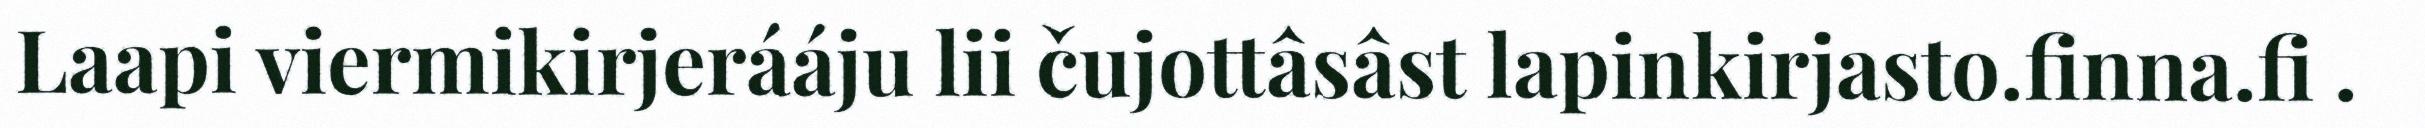
Laapi viermikirjerááju lii čujottâsâst lapinkirjasto.finna.fi .